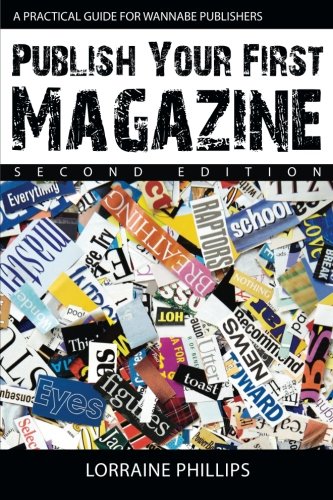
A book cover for Publish Your First Magazine (Second Edition): A Practical Guide For Wannabe Publishers; Lorraine Phillips; Business & Money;